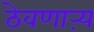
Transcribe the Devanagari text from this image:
ठेवणाऱ्य